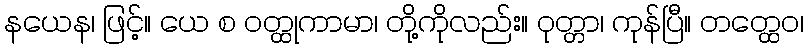
နယေန၊ ဖြင့်။ ယေ စ ဝတ္ထုကာမာ၊ တို့ကိုလည်း။ ဝုတ္တာ၊ ကုန်ပြီ။ တတ္ထေဝ၊